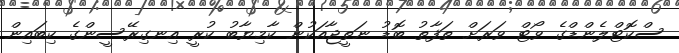
ސްކޮޓްލެންޑްގެ ވޯޓް ވަރަށް ތަފާތު ބޮޑު ނަތީޖާއަކުން ކާމިޔާބު ކުރީ އިނގިރޭސީންގެ ކިބައިން